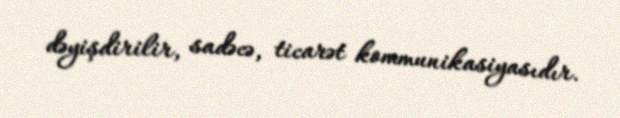
dəyişdirilir, sadəcə, ticarət kommunikasiyasıdır.